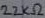
Text: 22KΩ